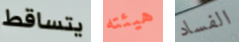
يتساقط هيئته الفساد